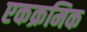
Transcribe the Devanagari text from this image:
एकक्रमिक